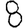
Digit: 8